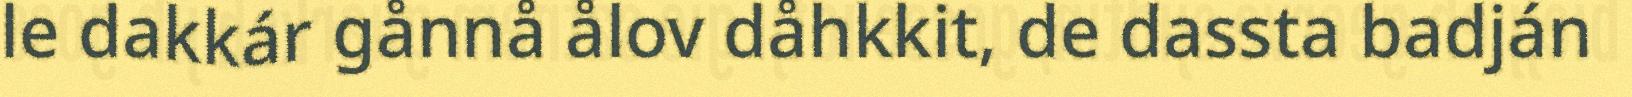
le dakkár gånnå ålov dåhkkit, de dassta badján